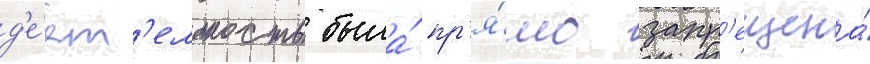
д'е́ят'ельность была́ пр'я́мо запр'ещена́